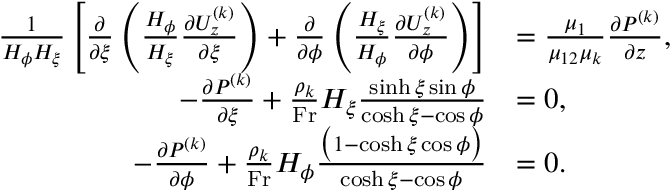
\begin{array} { r l } { \frac { 1 } { H _ { \phi } H _ { \xi } } \left[ \frac { \partial } { \partial \xi } \left( \frac { H _ { \phi } } { H _ { \xi } } \frac { \partial U _ { z } ^ { ( k ) } } { \partial \xi } \right) + \frac { \partial } { \partial \phi } \left( \frac { H _ { \xi } } { H _ { \phi } } \frac { \partial U _ { z } ^ { ( k ) } } { \partial \phi } \right) \right] } & { = \frac { \mu _ { 1 } } { \mu _ { 1 2 } \mu _ { k } } \frac { \partial P ^ { ( k ) } } { \partial z } , } \\ { - \frac { \partial P ^ { ( k ) } } { \partial \xi } + \frac { \rho _ { k } } { \mathrm { F r } } H _ { \xi } \frac { \sinh \xi \sin \phi } { \cosh \xi - \cos \phi } } & { = 0 , } \\ { - \frac { \partial P ^ { ( k ) } } { \partial \phi } + \frac { \rho _ { k } } { \mathrm { F r } } H _ { \phi } \frac { \bigl ( 1 - \cosh \xi \cos \phi \bigr ) } { \cosh \xi - \cos \phi } } & { = 0 . } \end{array}